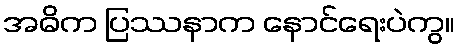
အဓိက ပြဿနာက နောင်ရေးပဲကွ။